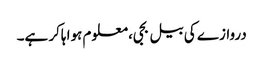
دروازے کی بیل بجی، معلوم ہوا ہاکر ہے۔